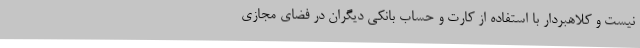
نیست و کلاهبردار با استفاده از کارت و حساب بانکی دیگران در فضای مجازی